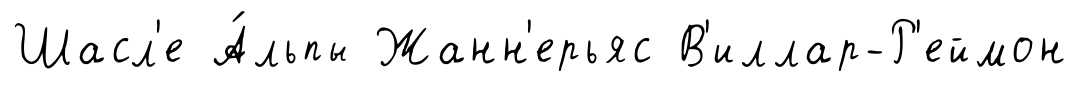
Шасл'е А́льпы Жанн'ерьяс В'иллар-Р'еймон